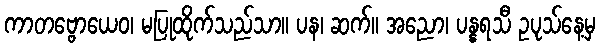
ကာတဗ္ဗောယေဝ၊ မပြုထိုက်သည်သာ။ ပန၊ ဆက်။ အညော၊ ပန္နရသီ ဥပုသ်နေ့မှ